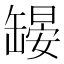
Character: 𱺳